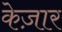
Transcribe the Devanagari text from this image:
केज़ार